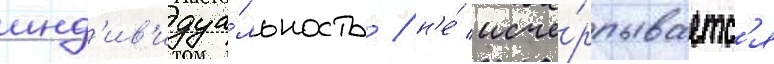
инд'ив'идуа́льность / н'е́ исче́рпываетс'я